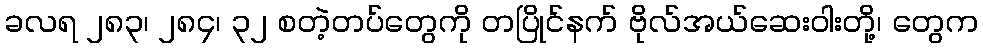
ခလရ ၂၈၃၊ ၂၈၄၊ ၃၂ စတဲ့တပ်တွေကို တပြိုင်နက် ဗိုလ်အယ်ဆေးဝါးတို့၊ တွေက